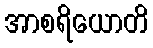
အာစရိယောတိ